Alphabetical list of drugs, medicines and other preparations free from, and containing, spirit compiled from the results of tests made by the customs houses at Calcutta, Bombay, and Madras
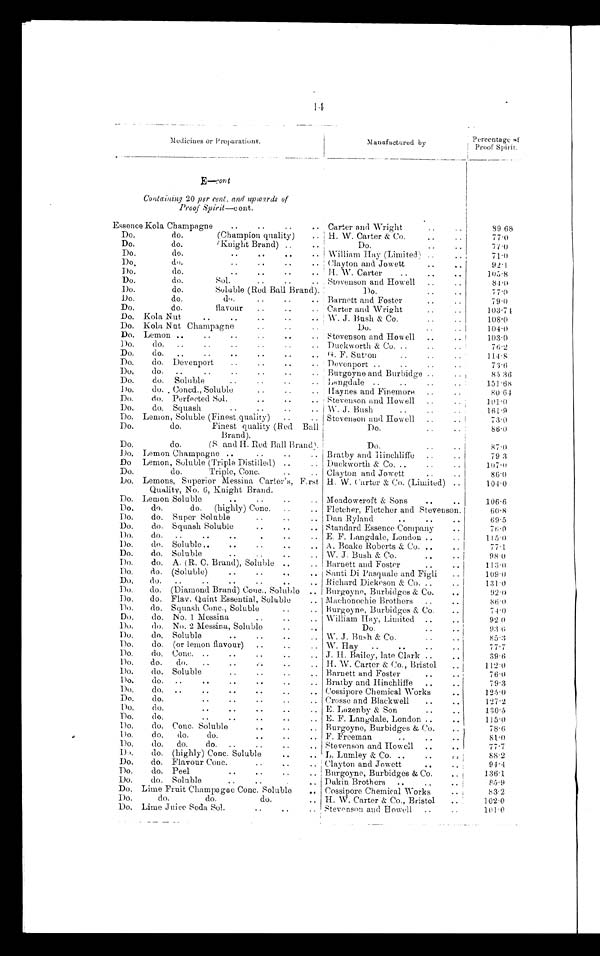
14
Medicines or Preparations
Manufactured by
Percentage of
Proof Spirit
E—cont
Containing 20 per cent and upwards of
Proof Spirit—cont
Essence Kola Champagne
Carter and Wright
89.68
Do. do. (Champion quality)
H. W. Carter & Co.
77.0
Do. do. (Knight Brand)
D o .
77.0
Do. do.
William Hay (Limited)
71.0
Do. do.
Clayton and Jowett
92.1
Do. do.
H. W. Carter
105.8
Do. do. Sol.
Stevenson and Howell
84.0
Do. do. Soluble (Red Ball Brand)
Do.
77.0
Do. do. do.
Barnett and Foster
79.0
Do. do. flavour
Carter and Wright
103.74
Do. Kola Nut
W. J. Bash & Co.
108.0
Do. Kola Nut Champagne
D o .
104.0
Do. Lemon
Stevenson and Howell
103.0
Do. do.
Duckworth & Co.
76.2
Do. do.
G. F. Sutron
114.8
Do. do. Devenport
Devenport
73.6
Do. do.
Burgoyne and Burbidge
85. 36
Do. do. Soluble
Langdale
151.68
Do. do. Concd, Soluble
Haynes and Finemore
80.64
Do. do. Perfected Sol.
Stevenson and Howell
101.0
Do. do. Squash
W. J. Bush
161.9
Do. Lemon, Soluble (Finestquality)
Stevenson and Howell
73.0
Do.
do.
Finest quality (Red Ball
Brand)
D o .
86.0
Do.
do.
(S and H Red Ball Brand)
D o .
87.0
Do. Lemon Champagne
Bratby and Hinchliffe
79. 3
Do. Lemon, Soluble (Triple Distilled)
Duckworth & Co.
107.0
Do. do. Triple, Conc.
Clayton and Jowett
86.0
Do. Lemons, Superior Messina Carter's, First
Quality, No 6, Knight Brand
H. W. Carter & Co (Limited)
104.0
Do. Lemon Soluble
Moadoweroft & Sons
106.6
Do. do. do. (highly) Conc.
Fletcher, Fletcher and Stevenson
60.8
Do. do. Super Soluble
Dan Ryland
69.5
Do. do. Squash Soluble
Standard Essence Company
76.0
Do. do.
E. F. Langdale, London
115.0
Do. do. Soluble
A Boake Roberts & Co.
77.1
Do. do. Soluble
W. J. Bush & Co.
98.0
Do. do. A (R. C. Brand), Soluble
Barnett and Foster
113.0
Do. do. (Soluble)
Santi Di Pasquale and Figli
109. 0
Do. do.
Richard Dickeson & Co.
131.0
Do. do. (Diamond Brand) Conc., Soluble
Burgoyne, Burbidges & Co.
92.0
Do. do. Flav. Quint Essential, Soluble
Machonochie Brothers
86.0
Do. do. Squash Conc, Soluble
Burgoyne, Burbidges & Co.
74.0
Do. do. No. 1 Messina
William Hay, Limited
92.0
Do. do. No. 2 Messina, Soluble
D o .
93.6
Do. do. Soluble
W. J. Bush & Co.
85.3
Do. do. (or lemon flavour)
W. Hay
77.7
Do. do. Conc.
J. H. Bailey, late Clark
39.6
Do. do. do.
H. W. Carter & Co., Bristol
112.0
Do. do. Soluble
Barnett and Foster
76.0
Do. do.
Bratby and Hinchliffe
79.3
Do. do.
Cossipore Chemical Works
125.0
Do. do.
Crosse and Blackwell
127.2
Do.
do. E.L a z e n b y
& S o n
130.5
Do. do.
E. F. Langdale, London
115.0
Do. do. Conc. Soluble
Burgoyne, Burbidges & Co,
78.6
Do. do. do. do.
F. Freeman
8 1 . 0
Do. do. do. do.
Stevenson and Howell
77.7
Do. do. (highly) Conc. Soluble
L. Lumley & Co.
88.2
Do. do. Flavour Conc.
Clayton and Jowett
94.4
D o . d o . P e e l
Burgoyne, Burbidges & Co.
136.1
Do. do. Soluble
Dakin Brothers
85.9
Do. Lime Fruit Champagne Conc. Soluble
Cossipore Chemical Works
83.2
Do.
do. do. do.
H. W. Carter & Co., Bristol
102.0
Do. Lime Juice Soda Sol.
Stevenson and Howell
101.0